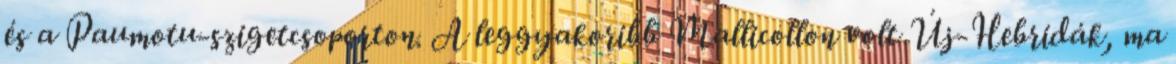
és a Paumotu-szigetcsoporton. A leggyakoribb Mallicollon volt Új-Hebridák, ma